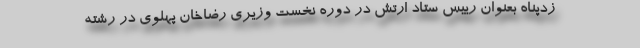
زدپناه بعنوان رییس ستاد ارتش در دوره نخست وزیری رضاخان پهلوی در رشته